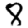
Digit: 8